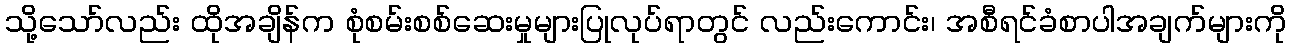
သို့သော်လည်း ထိုအချိန်က စုံစမ်းစစ်ဆေးမှုများပြုလုပ်ရာတွင် လည်းကောင်း၊ အစီရင်ခံစာပါအချက်များကို